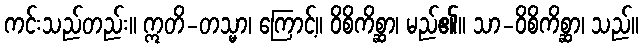
ကင်းသည်တည်း။ ဣတိ-တသ္မာ၊ ကြောင့်။ ဝိစိကိစ္ဆာ၊ မည်၏။ သာ-ဝိစိကိစ္ဆာ၊ သည်။